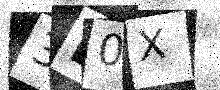
Text: 3E0X